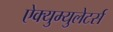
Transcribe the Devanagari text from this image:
ऐक्युम्युलेटर्स